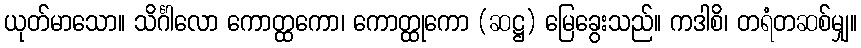
ယုတ်မာသော။ သိင်္ဂါလော ကောတ္ထကော၊ ကောတ္ထုကော (ဆဋ္ဌ) မြေခွေးသည်။ ကဒါစိ၊ တရံတဆစ်မျှ။